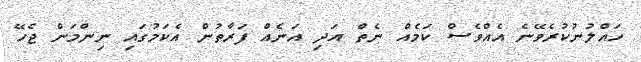
ހައްލުނުކުރެވޭނެ އެއްވެސް ކަމެއް ނެތް އަދި އަނެއް ފަރާތުން އެކަމުގައި ނިންމަން ޖެހޭ